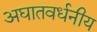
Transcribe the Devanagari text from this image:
अघातवर्धनीय